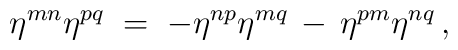
\eta^{mn}\eta^{pq} \;=\; -\eta^{np}\eta^{mq} \,-\, \eta^{pm}\eta^{nq} \, ,